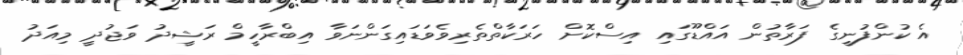
އެ ކުންފުނީގެ ފަރާތުން އައްޑޫގައި އިސްކޮށް ހަރަކާތްތެރިވެވަޑައިގަންނަވާ އިބްރާހީމް ރަޝީދު ވަޖުދީ މިއަދު